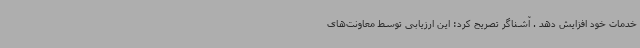
خدمات خود افزایش دهد . آشناگر تصریح کرد: این ارزیابی توسط معاونت‌های